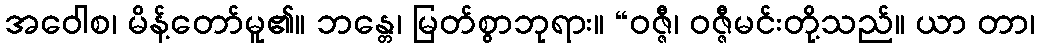
အဝေါစ၊ မိန့်တော်မူ၏။ ဘန္တေ၊ မြတ်စွာဘုရား။ “ဝဇ္ဇီ၊ ဝဇ္ဇီမင်းတို့သည်။ ယာ တာ၊